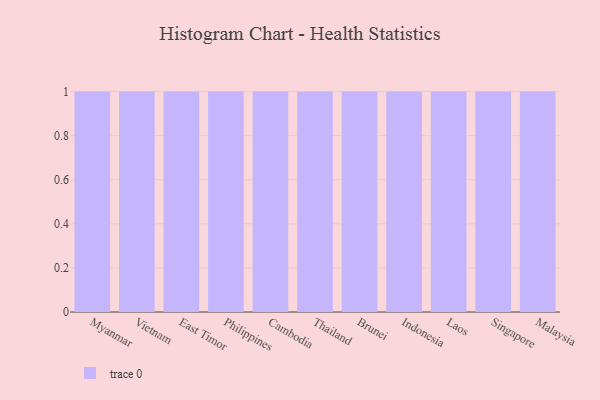
{"axis": {"x": "Country", "y": "Conversion Rate (%)"}, "legend": [""], "data": [{"x": "Myanmar", "y": 47, "type": ""}, {"x": "Vietnam", "y": 31, "type": ""}, {"x": "East Timor", "y": 49, "type": ""}, {"x": "Philippines", "y": 19, "type": ""}, {"x": "Cambodia", "y": 84, "type": ""}, {"x": "Thailand", "y": 47, "type": ""}, {"x": "Brunei", "y": 57, "type": ""}, {"x": "Indonesia", "y": 48, "type": ""}, {"x": "Laos", "y": 13, "type": ""}, {"x": "Singapore", "y": 7, "type": ""}, {"x": "Malaysia", "y": 70, "type": ""}]}